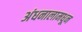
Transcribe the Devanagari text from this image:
अंधनालामधून